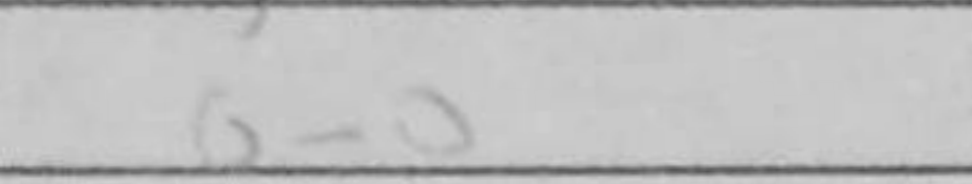
Transcription: O-O